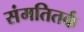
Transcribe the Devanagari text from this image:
संमतितर्क